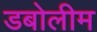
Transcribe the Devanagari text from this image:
डबोलीम